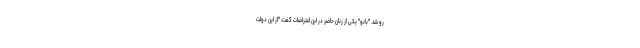
رو شد. "بانو" یکی از زنان حاضر در این اعتراضات گفت: "از این دولت